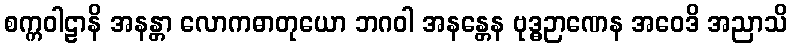
စက္ကဝါဠာနိ အနန္တာ လောကဓာတုယော ဘဂဝါ အနန္တေန ဗုဒ္ဓဉာဏေန အဝေဒိ အညာသိ